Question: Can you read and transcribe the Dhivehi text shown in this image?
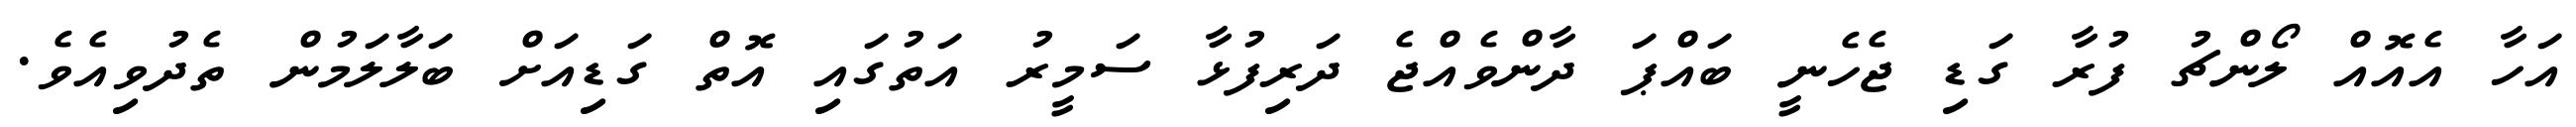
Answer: އަހާ އެއޮއް ލޯންޗު ފުރާ ގަޑި ޖެހެނީ ބައްޕަ ދާންވެއްޖެ ދަރިފުޅާ ސަމީރު އަތުގައި އޮތް ގަޑިއަށް ބަލާލަމުން ތެދުވިއެވެ.